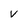
Character: V